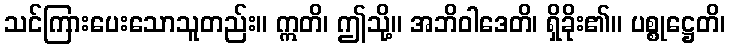
သင်ကြားပေးသောသူတည်း။ ဣတိ၊ ဤသို့။ အဘိဝါဒေတိ၊ ရှိခိုး၏။ ပစ္စုဋ္ဌေတိ၊